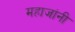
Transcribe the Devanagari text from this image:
महाजांनी